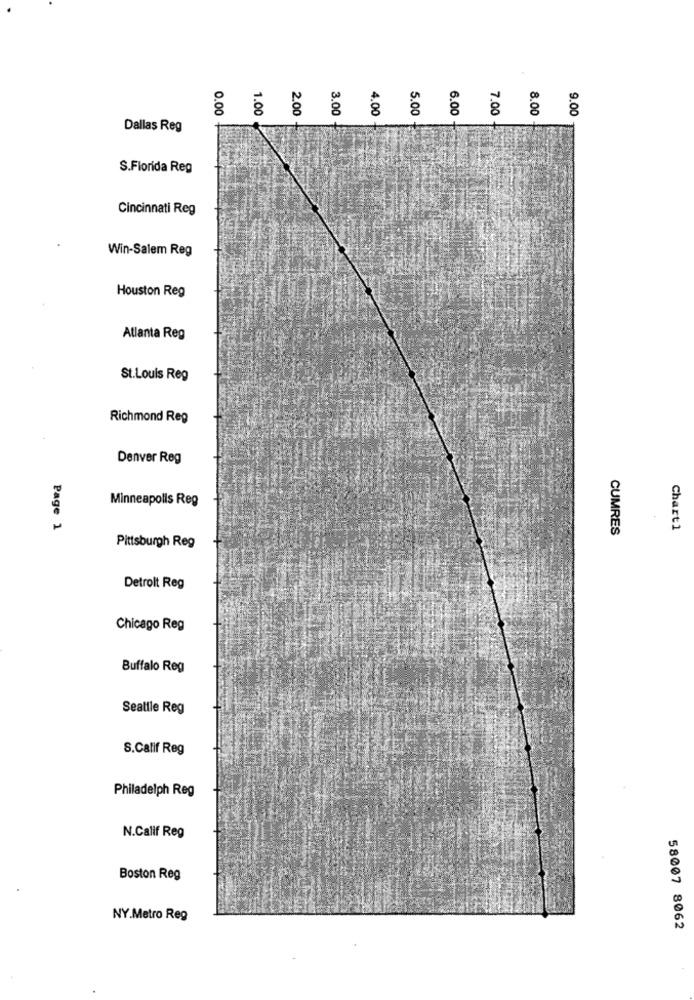
0.00
1.00
2.00
8
5.00
6.00
7.00
8.00
9.00
3.00
Dallas Reg
S.Florida Reg
Cincinnati Reg
Win-Salem Reg
Houston Reg
Atlanta Reg
St.Louis Reg
Richmond Reg
Denver Reg
Minneapolis Reg
Page 1
CUMRES
Chart1
Pittsburgh Reg
Detrolt Reg
Chicago Reg
Buffalo Reg
Seattle Reg
S.Calif Reg
Philadelph Reg
N.Calif Reg
Boston Reg
NY.Metro Reg
58007 8062